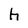
Character: h